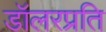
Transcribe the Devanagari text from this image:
डॉलरप्रति